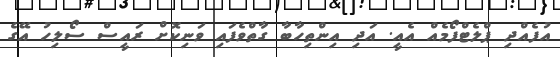
އުފެއްދި ޕްލެޓްފޯމެއް އެއީ. އަދި އިންތިހާބާ ގާތްވެފައި ވަނިކޮށް ރައީސް ސޯލިހު އޭގެ